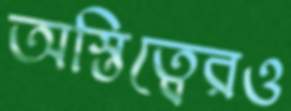
অস্তিত্বেরও